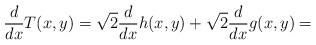
LaTeX: \begin{align*}\frac{d}{dx}T(x,y)=\sqrt{2}\frac{d}{dx}h(x,y)+\sqrt{2}\frac{d}{dx}g(x,y)=\end{align*}